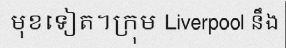
មុខទៀត។ក្រុម Liverpool នឹង